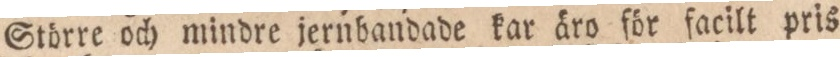
Större och mindre jernbandade kar äro för facilt pris